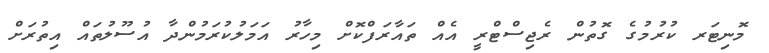
މޮނިޓަރ ކުރުމުގެ ގޮތުން ރެޖިސްޓްރީ އެއް ތައާރަފްކޮށް މިހާރު އަމަލުކުރަމުންދާ އުސޫލުތައް އިތުރަށް